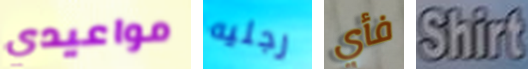
مواعيدي رجليه فأي Shirt